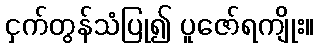
ငှက်တွန်သံပြု၍ ပူဇော်ရကျိုး။